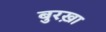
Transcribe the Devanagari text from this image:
बुरख़ा